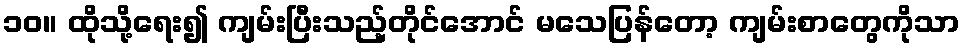
၁၀။ ထိုသို့ရေး၍ ကျမ်းပြီးသည့်တိုင်အောင် မသေပြန်တော့ ကျမ်းစာတွေကိုသာ